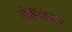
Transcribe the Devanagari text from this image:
लेझरद्वारा